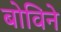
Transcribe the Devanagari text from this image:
बोविने